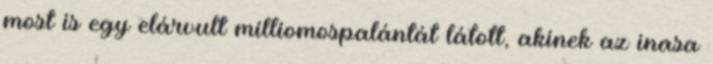
most is egy elárvult milliomospalántát látott, akinek az inasa